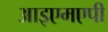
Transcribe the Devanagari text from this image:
आइएमएपी